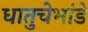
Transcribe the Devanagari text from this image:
धातुचेभांडे